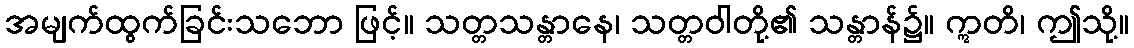
အမျက်ထွက်ခြင်းသဘော ဖြင့်။ သတ္တသန္တာနေ၊ သတ္တဝါတို့၏ သန္တာန်၌။ ဣတိ၊ ဤသို့။